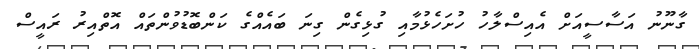
ގާނޫނު އަސާސީއަށް އެއިސްލާހު ހުށަހެޅުމާއި ގުޅިގެން ގިނަ ބައެއްގެ ކަންބޮޑުވުންތައް އޮތްއިރު ރައީސް